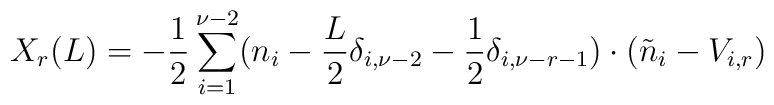
X_r(L)=-\frac{1}{2}\sum_{i=1}^{\nu-2}(n_i-\frac{L}{2}\delta_{i,\nu-2}-\frac{1}{2}\delta_{i,\nu-r-1})\cdot(\tilde{n}_i-V_{i,r})